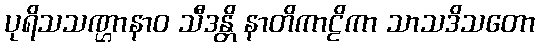
ပုရိသသဏ္ဌာနာဝ သီဒန္တိ နာတိကာဠိကာ သာသဒိသတော